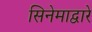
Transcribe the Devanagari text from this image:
सिनेमाद्वारे